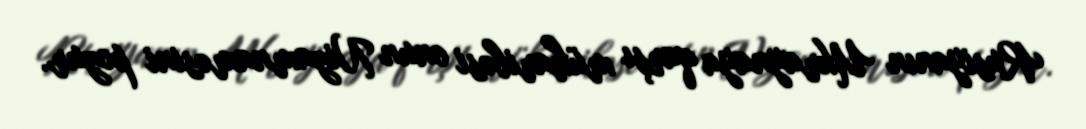
Rusiyanın Ukraynaya qarşı müharibəsi onun Nizamnaməsini pozur.